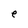
Character: e